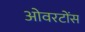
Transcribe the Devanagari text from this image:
ओवरटोंस